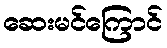
ဆေးမင်ကြောင်